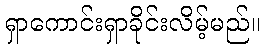
ရှာကောင်းရှာခိုင်းလိမ့်မည်။